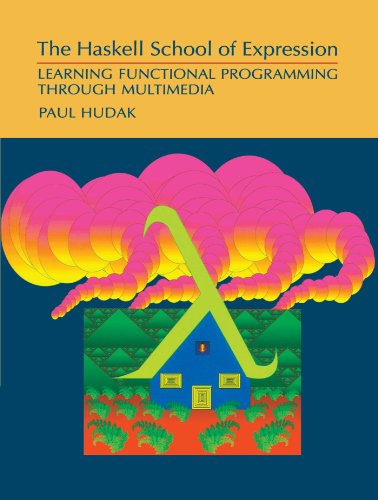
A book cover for The Haskell School of Expression: Learning Functional Programming through Multimedia; Paul Hudak; Computers & Technology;